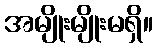
အမျိုးမျိုးမရှိ။